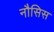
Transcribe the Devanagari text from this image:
नौसिस